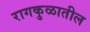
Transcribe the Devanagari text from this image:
रागकुळातील